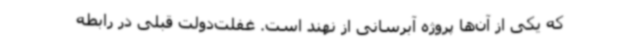
که یکی از آن‌ها پروژه آبرسانی از نهند است. غفلت‌دولت قبلی در رابطه